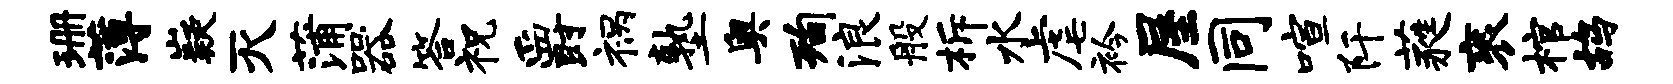
珊薄嶷灭蒲器答祝爵祸塾奥洵浪般柝水虐衿屋同喧阡蕤衮棺鸪